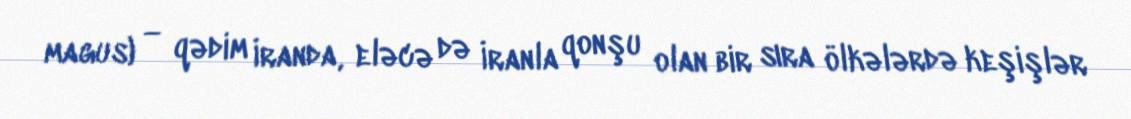
magus) — qədim İranda, eləcə də İranla qonşu olan bir sıra ölkələrdə keşişlər